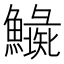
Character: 𩼍